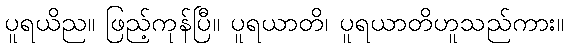
ပူရယိည။ ဖြည့်ကုန်ပြီ။ ပူရယာတိ၊ ပူရယာတိဟူသည်ကား။